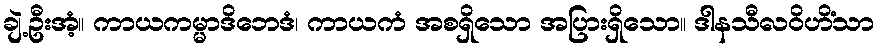
ချဲ့ဦးအံ့။ ကာယကမ္မာဒိဘေဒံ၊ ကာယကံ အစရှိသော အပြားရှိသော။ ဒါနသီလဝိဟိံသာ